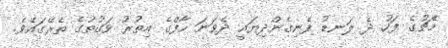
މެޗުގެ ފަހު ދެ ލަނޑު ފެނިގެންދިޔައީ ދެވަނަ ހާފްގެ އިތުރު ވަގުތުގެ ތެރޭގައެވެ.